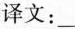
译文：______